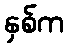
နှစ်က